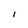
Character: I